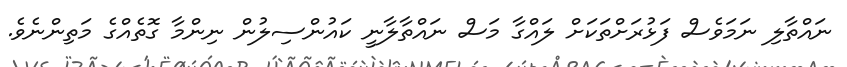
ނައްތާލި ނަމަވެސް ފަޅުރަށްތަކަށް ލައްގާ މަސް ނައްތާލާނީ ކައުންސިލުން ނިންމާ ގޮތެއްގެ މަތިންނެވެ.